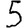
Digit: 5